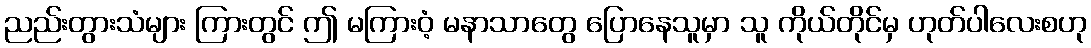
ညည်းတွားသံများ ကြားတွင် ဤ မကြားဝံ့ မနာသာတွေ ပြောနေသူမှာ သူ ကိုယ်တိုင်မှ ဟုတ်ပါလေးစဟု